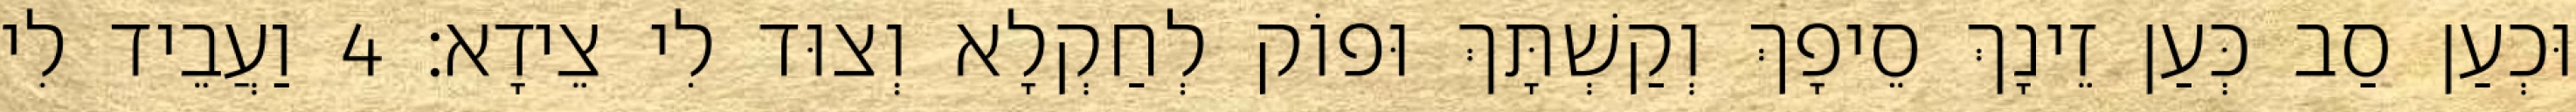
וּכְעַן סַב כְּעַן זֵינָךְ סֵיפָךְ וְקַשְׁתָּךְ וּפוֹק לְחַקְלָא וְצוּד לִי צֵידָא׃ 4 וַעֲבֵיד לִי